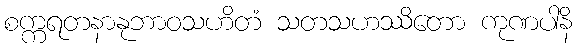
စက္ကရတနာနုဘာဝသဟိတံ သတသဟဿိတော ကုဏပါနိ